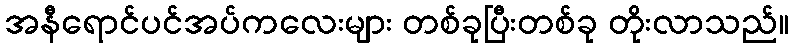
အနီရောင်ပင်အပ်ကလေးများ တစ်ခုပြီးတစ်ခု တိုးလာသည်။